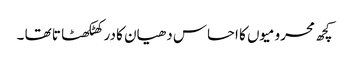
کچھ محرومیوں کا احساس دھیان کا در کھٹکھٹا تا تھا ۔